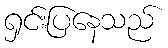
ရှင်းပြနေသည်